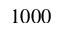
1 0 0 0